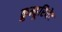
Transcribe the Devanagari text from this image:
क़ुम्हूरियेट